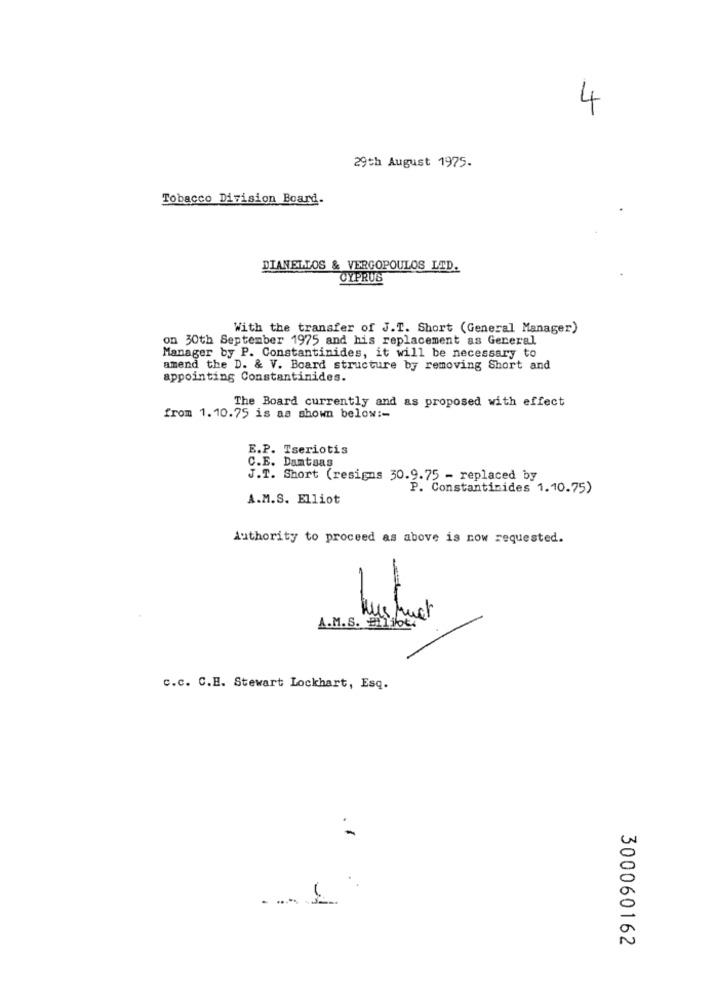
4
29th August 1975.
Tobacco Division Board.
DIANELLOS & VERGOPOULOS LID.
CYPRUS
With the transfer of J.T. Short (General Manager)
on 30th September 1975 and his replacement as General
Manager by P. Constantinides, it will be necessary to
amend the D. & V. Board structure by removing Short and
appointing Constantinides.
The Board currently and as proposed with effect
from 1.10.75 is as shown below :-
E.P. Tseriotis
C.E. Dantsas
J.T. Short (resigns 30.9.75 - replaced by
P. Constantinides 1.10.75)
A.M.S. Elliot
Authority to proceed as above is now requested.
A.M.S. Eliot
c.c. C.E. Stewart Lockhart, Esq.
300060162